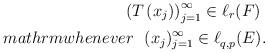
LaTeX: \begin{align*}\left( T\left( x_{j}\right) \right) _{j=1}^{\infty }\in \ell _{r}(F)\ \\mathrm{whenever}\ \ (x_{j})_{j=1}^{\infty }\in \ell_{q,p}^{}(E). \end{align*}